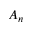
A _ { n }